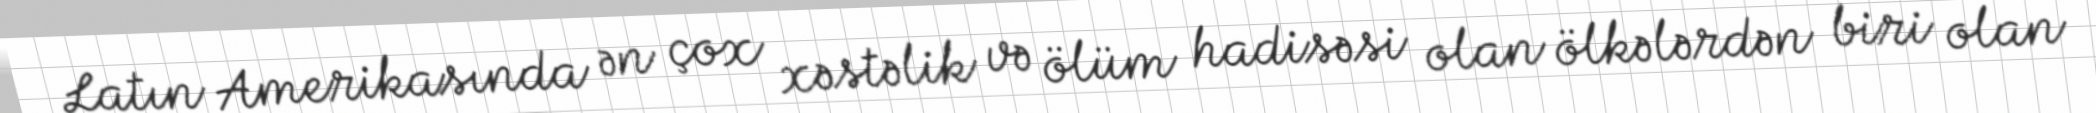
Latın Amerikasında ən çox xəstəlik və ölüm hadisəsi olan ölkələrdən biri olan